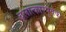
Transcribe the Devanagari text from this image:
बलात्कारपूर्वक